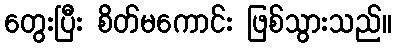
တွေးပြီး စိတ်မကောင်း ဖြစ်သွားသည်။